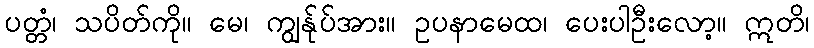
ပတ္တံ၊ သပိတ်ကို။ မေ၊ ကျွန်ုပ်အား။ ဥပနာမေထ၊ ပေးပါဦးလော့။ ဣတိ၊